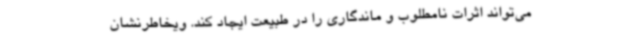
می‌تواند اثرات نامطلوب و ماندگاری را در طبیعت ایجاد کند. ویخاطرنشان